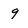
Character: 9